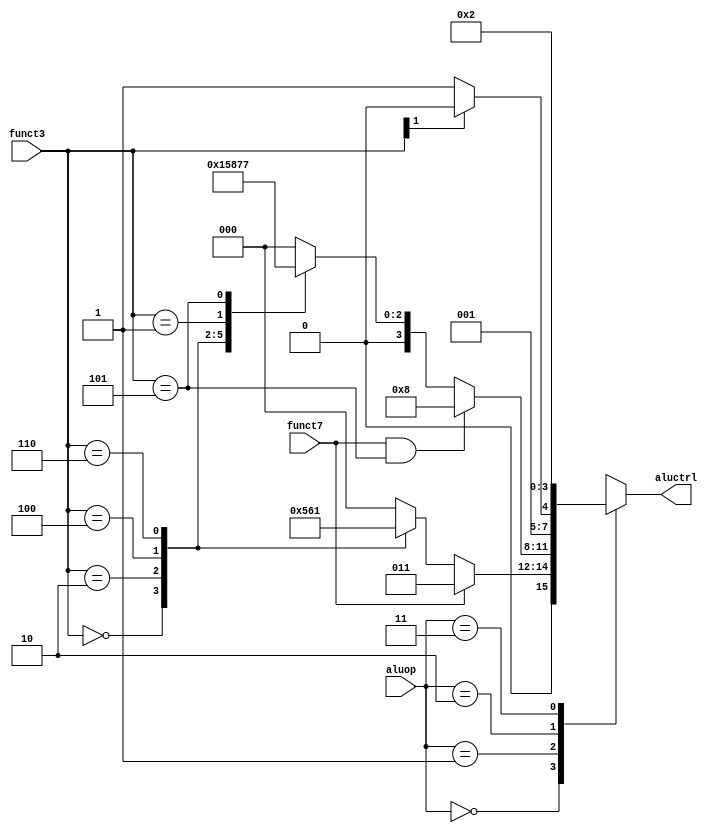
module ALUCtrl(
    aluop,
    funct3,
    funct7,
    aluctrl
    );
    input [1:0] aluop;
    input [2:0] funct3;
    input funct7;

    output reg [3:0] aluctrl;

    //TYPE  
    localparam RTYPE            = 2'b00;
    localparam ITYPE            = 2'b01;
    localparam LOAD_SAVE_BTYPE  = 2'b10; //with Branch
    localparam JTYPE            = 2'b11;

    localparam AND = 4'b0000;
    localparam OR  = 4'b0001;
    localparam ADD = 4'b0010;
    localparam SUB = 4'b0011;
    localparam XOR = 4'b0100;
    localparam SLT = 4'b0101;
    localparam SLL = 4'b0110;
    localparam SRL = 4'b0111;
    localparam SRA = 4'b1000;

    always@(*) begin
        case(aluop)
            RTYPE:
            begin
                if(funct7) aluctrl = SUB;
                else begin
                    case(funct3) 
                        3'b000: aluctrl = ADD;
                        3'b010: aluctrl = SLT;
                        3'b100: aluctrl = XOR;
                        3'b110: aluctrl = OR;
                        3'b111: aluctrl = AND;
                        default: aluctrl = 0;
                    endcase
                end
            end
            ITYPE:
            begin
                if(funct7 && (funct3 == 3'b101)) aluctrl = SRA;
                else begin
                    case(funct3)
                        3'b000: aluctrl = ADD;
                        3'b010: aluctrl = SLT;
                        3'b100: aluctrl = XOR;
                        3'b110: aluctrl = OR;
                        3'b111: aluctrl = AND;
                        3'b001: aluctrl = SLL;
                        3'b101: aluctrl = SRL;
                        default: aluctrl = 0;
                    endcase
                end
            end
            LOAD_SAVE_BTYPE:
            begin
                if(funct3[1]) aluctrl = ADD;
                else aluctrl = SUB;
            end
            JTYPE:
            begin
                aluctrl = ADD;
            end
            default:
            begin
                aluctrl = ADD;
            end
        endcase
    end
endmodule